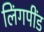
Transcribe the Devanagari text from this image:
लिंगपींड